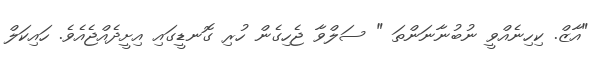
"އާޒް. ކިހިނެއްވީ ނުބުނާނަންތަ " ސަލްވާ ޖެހިގެން ހުރި ގޮނޑީގައި އިށީދެއްޖެއެވެ. ހައިކަލް